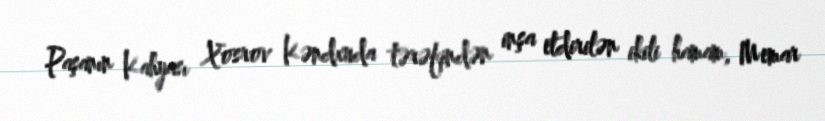
Paşanın Kahyası Xosrov Kəndxuda tərəfindən inşa etdirilən ikili hamam, Memar